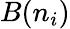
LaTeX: B(n_{i})